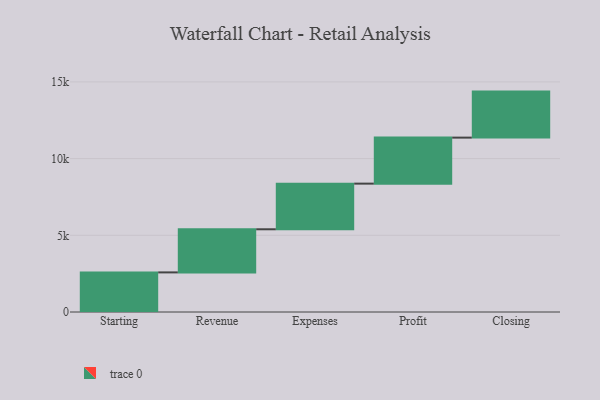
{"axis": {"x": "Step", "y": "Value"}, "legend": [""], "data": [{"x": "Starting", "y": 2582.0, "type": ""}, {"x": "Revenue", "y": 2811.0, "type": ""}, {"x": "Expenses", "y": 2976.0, "type": ""}, {"x": "Profit", "y": 3000, "type": ""}, {"x": "Closing", "y": 3000, "type": ""}]}